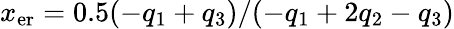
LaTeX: x_{\mathrm{er}}=0.5(-q_{1}+q_{3})/(-q_{1}+2q_{2}-q_{3})